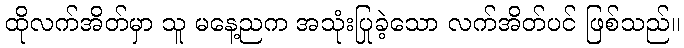
ထိုလက်အိတ်မှာ သူ မနေ့ညက အသုံးပြုခဲ့သော လက်အိတ်ပင် ဖြစ်သည်။